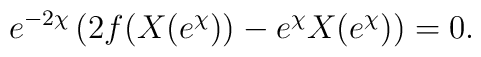
e^{-2\chi} \left( 2f(X(e^\chi)) - e^\chi X(e^\chi) \right) = 0.